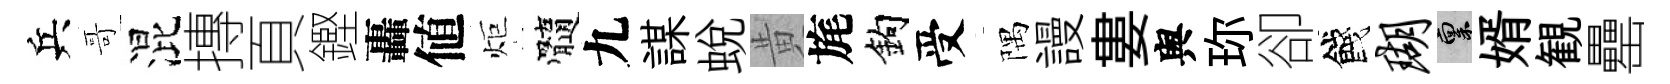
兵哥混摶頁鏗轟値炬髓九謀蛻黄旄鈎受隅謾婁舆珎卻餞瑚禀婿観罍